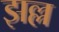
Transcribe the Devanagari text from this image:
झल्ल